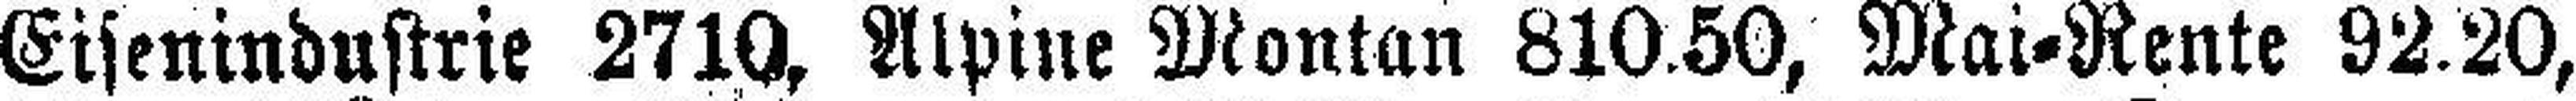
Eisenindustrie 2710, Alpine Montan 810.50, Mai=Rente 92.20,